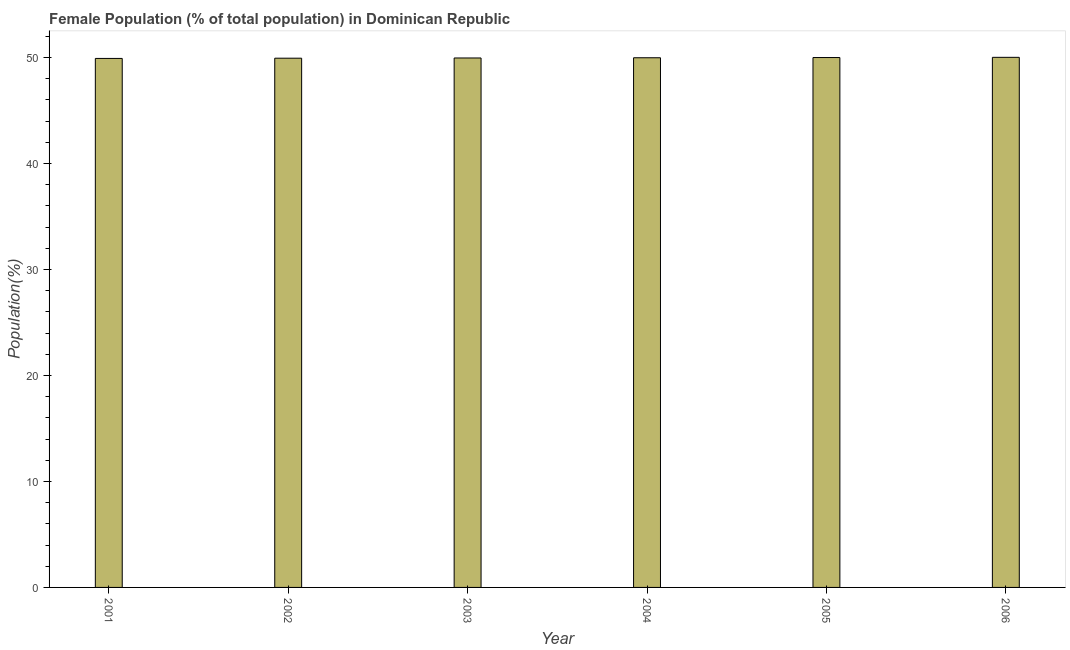
| Year | Female |
 | --- | --- |
 | 2001 | 49.9 |
 | 2002 | 49.9 |
 | 2003 | 49.9 |
 | 2004 | 50 |
 | 2005 | 50 |
 | 2006 | 50 |